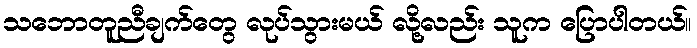
သဘောတူညီချက်တွေ လုပ်သွားမယ် လို့လည်း သူက ပြောပါတယ်။